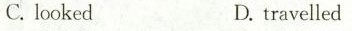
C. lookedD. travelled